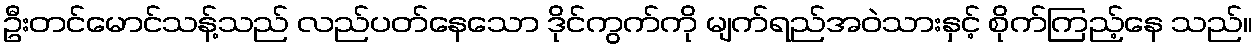
ဦးတင်မောင်သန့်သည် လည်ပတ်နေသော ဒိုင်ကွက်ကို မျက်ရည်အဝဲသားနှင့် စိုက်ကြည့်နေ သည်။